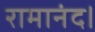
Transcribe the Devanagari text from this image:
रामानंद।